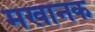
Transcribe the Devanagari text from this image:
मखानक